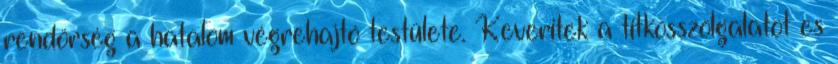
rendörség a hatalom végrehajtó testülete. Keveritek a titkosszolgalatot es